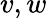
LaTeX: v,w